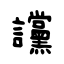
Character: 讜